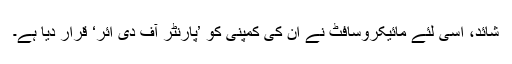
شائد، اسی لئے مائیکروسافٹ نے ان کی کمپنی کو ’پارنٹر آف دی ائر‘ قرار دیا ہے۔